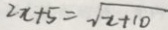
2 x + 5 = \sqrt { 2 + 1 0 }